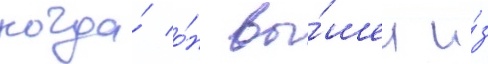
когда́ о́н вы́шел и́з